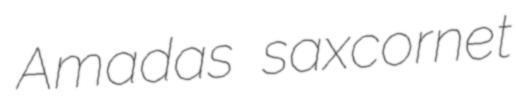
Amadas saxcornet